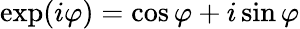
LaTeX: \exp(i\varphi)=\cos\varphi+i\sin\varphi